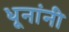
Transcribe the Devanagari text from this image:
धूनांनी